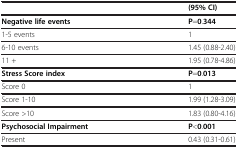
|  | (95% CI) |
 | --- | --- |
 | Negative life events | P=0.344 |
 | 1-5 events | 1 |
 | 6-10 events | 1.45 (0.88-2.40) |
 | 11 + | 1.95 (0.78-4.86) |
 | Stress Score index | P=0.013 |
 | Score 0 | 1 |
 | Score 1-10 | 1.99 (1.28-3.09) |
 | Score >10 | 1.83 (0.80-4.16) |
 | Psychosocial Impairment | P<0.001 |
 | Present | 0.43 (0.31-0.61) |